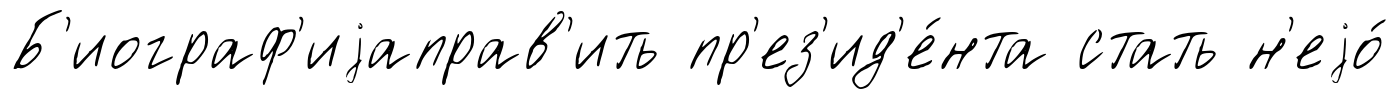
Б'иограф'иjаправ'ить пр'ез'ид'е́нта стать н'еjо́